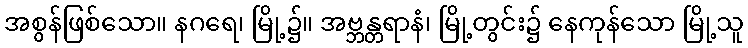
အစွန်ဖြစ်သော။ နဂရေ၊ မြို့၌။ အဗ္ဘန္တရာနံ၊ မြို့တွင်း၌ နေကုန်သော မြို့သူ